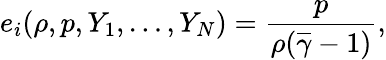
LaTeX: e_{i}(\rho,p,Y_{1},\ldots,Y_{N})=\frac{p}{\rho(\overline{{\gamma}}-1)},